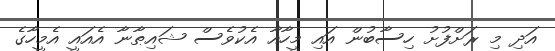
އަދި މި ރަށްފުށު ހިސާބުން އައި މީހާއާ އެކުވެސް ޝައިޠާނާ އެއައީ އެމީހާގެ